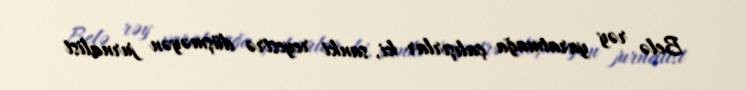
Belə rəy yaratmağa çalışırlar ki, sanki reyestrə düşməyən jurnalist